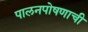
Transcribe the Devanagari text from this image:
पालनपोषणाची